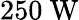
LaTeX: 250~\mathrm{W}